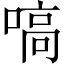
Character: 嗃